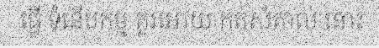
ធ្វើ ទំនើបកម្ម គួរអោយ កត់សំគាល់ នោះ